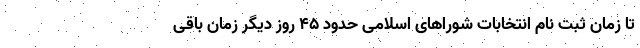
تا زمان ثبت نام انتخابات شوراهای اسلامی حدود ۴۵ روز دیگر زمان باقی